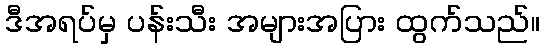
ဒီအရပ်မှ ပန်းသီး အများအပြား ထွက်သည်။